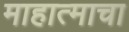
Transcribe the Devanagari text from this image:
माहात्माचा